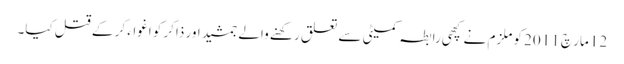
12 مار چ 2011 کو ملزم نے کچھی رابطہ کمیٹی سے تعلق رکھنے والے جمشید اور ذاکر کو اغواء کر کے قتل کیا۔